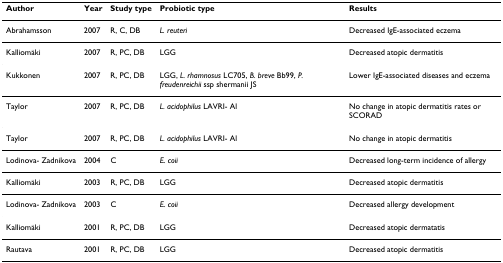
<table><thead><tr><td><b>Author</b></td><td><b>Year</b></td><td><b>Study type</b></td><td><b>Probiotic type</b></td><td><b>Results</b></td></tr></thead><tbody><tr><td>Abrahamsson</td><td>2007</td><td>R, C, DB</td><td><i>L. reuteri</i></td><td>Decreased IgE-associated eczema</td></tr><tr><td>Kalliomäki</td><td>2007</td><td>R, PC, DB</td><td>LGG</td><td>Decreased atopic dermatitis</td></tr><tr><td>Kukkonen</td><td>2007</td><td>R, PC, DB</td><td>LGG, <i>L. rhamnosus </i>LC705, <i>B. breve </i>Bb99, <i>P. freudenreichii </i>ssp shermanii JS</td><td>Lower IgE-associated diseases and eczema</td></tr><tr><td>Taylor</td><td>2007</td><td>R, PC, DB</td><td><i>L. acidophilus </i>LAVRI- Al</td><td>No change in atopic dermatitis rates or SCORAD</td></tr><tr><td>Taylor</td><td>2007</td><td>R, PC, DB</td><td><i>L. acidophilus </i>LAVRI- Al</td><td>No change in atopic dermatitis</td></tr><tr><td>Lodinova- Zadnikova</td><td>2004</td><td>C</td><td><i>E. coii</i></td><td>Decreased long-term incidence of allergy</td></tr><tr><td>Kalliomäki</td><td>2003</td><td>R, PC, DB</td><td>LGG</td><td>Decreased atopic dermatitis</td></tr><tr><td>Lodinova- Zadnikova</td><td>2003</td><td>C</td><td><i>E. coii</i></td><td>Decreased allergy development</td></tr><tr><td>Kalliomäki</td><td>2001</td><td>R, PC, DB</td><td>LGG</td><td>Decreased atopic dermatatis</td></tr><tr><td>Rautava</td><td>2001</td><td>R, PC, DB</td><td>LGG</td><td>Decreased atopic dermatitis</td></tr></tbody></table>